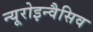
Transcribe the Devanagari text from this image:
न्यूरोइन्वैसिव